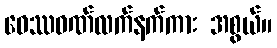
ဝေဿဝဏ်လက်နက်ကား အစွယ်။